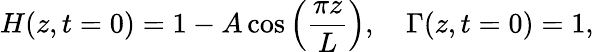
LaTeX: H(z,t=0)=1-A\cos\left(\frac{\pi z}{L}\right),\quad\Gamma(z,t=0)=1,